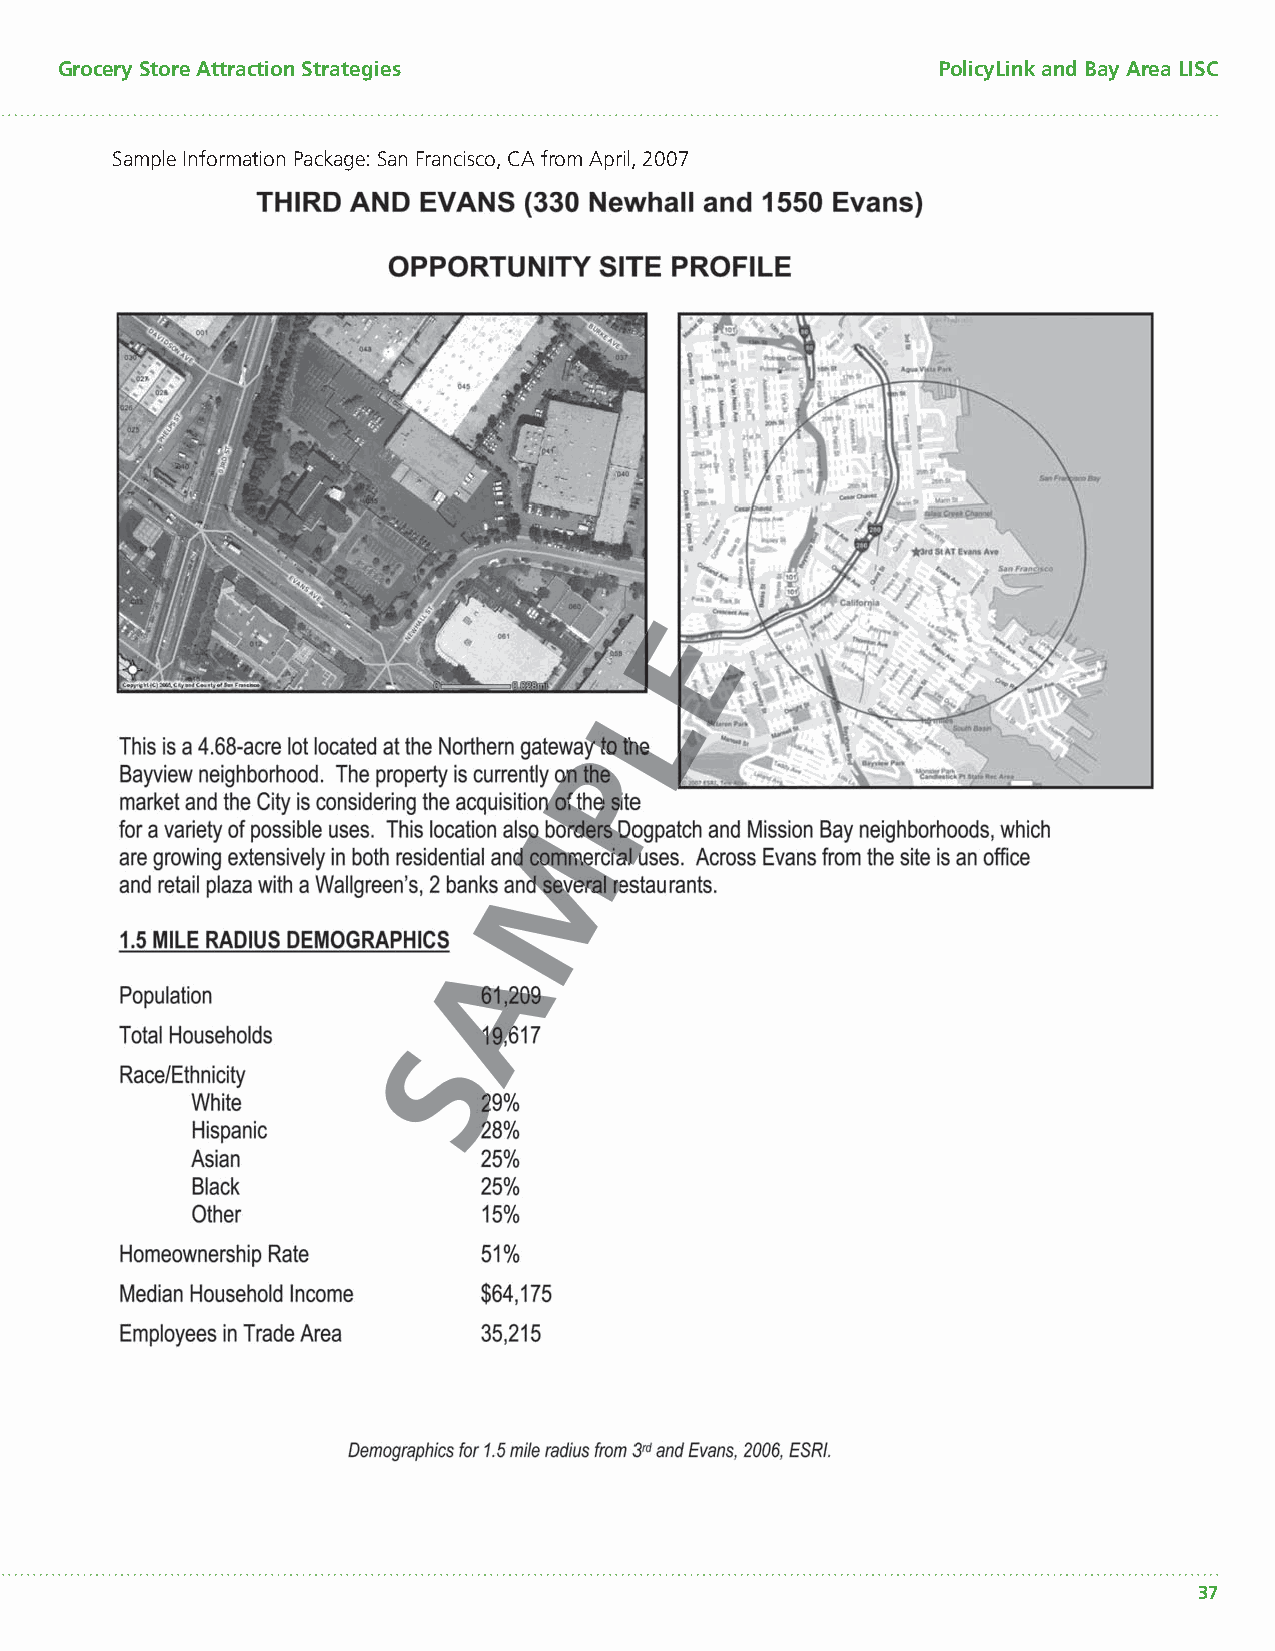
Grocery Store Attraction Strategies                       PolicyLink and Bay Area LISC
 Sample Information Package: San Francisco, CA from April, 2007
 37